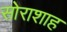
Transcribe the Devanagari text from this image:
सोराशाह